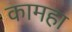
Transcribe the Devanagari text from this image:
कामहा